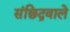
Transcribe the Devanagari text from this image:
संछिद्रवाले